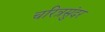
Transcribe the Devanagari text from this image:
चरित्रसुंदर